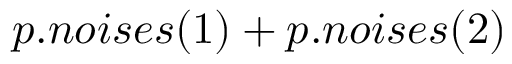
p . n o i s e s ( 1 ) + p . n o i s e s ( 2 )